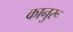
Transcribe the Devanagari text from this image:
कानुरू